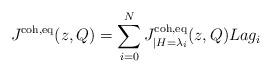
LaTeX: \begin{align*} J^{\textnormal{coh},\textnormal{eq}}(z,Q) = \sum_{i=0}^N J^{\textnormal{coh},\textnormal{eq}}_{|H=\lambda_i}(z,Q) Lag_i \end{align*}